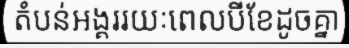
តំបន់អង្គររយៈពេលបីខែដូចគ្នា